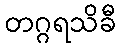
တဂ္ဂရသိခီ